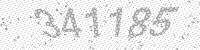
Solution: 341185